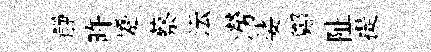
靜旿蹙蔡沄澇娑鄭阯提